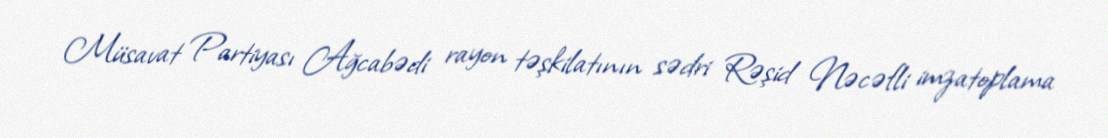
Müsavat Partiyası Ağcabədi rayon təşkilatının sədri Rəşid Nəcəfli imzatoplama